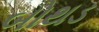
બોથડ